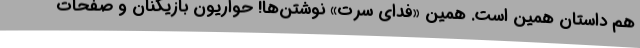
هم داستان همین است. همین «فدای سرت» نوشتن‌ها! حواریون بازیکنان و صفحات